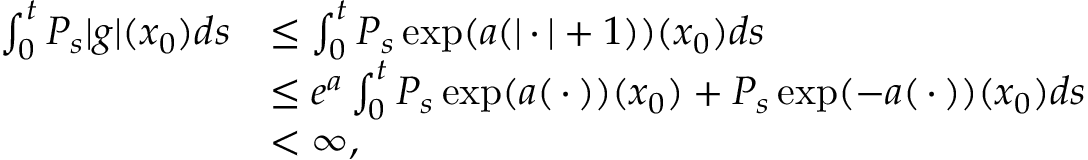
\begin{array} { r l } { \int _ { 0 } ^ { t } P _ { s } | g | ( x _ { 0 } ) d s } & { \leq \int _ { 0 } ^ { t } P _ { s } \exp ( a ( | { \, \cdot \, } | + 1 ) ) ( x _ { 0 } ) d s } \\ & { \leq e ^ { a } \int _ { 0 } ^ { t } P _ { s } \exp ( a ( { \, \cdot \, } ) ) ( x _ { 0 } ) + P _ { s } \exp ( - a ( { \, \cdot \, } ) ) ( x _ { 0 } ) d s } \\ & { < \infty , } \end{array}